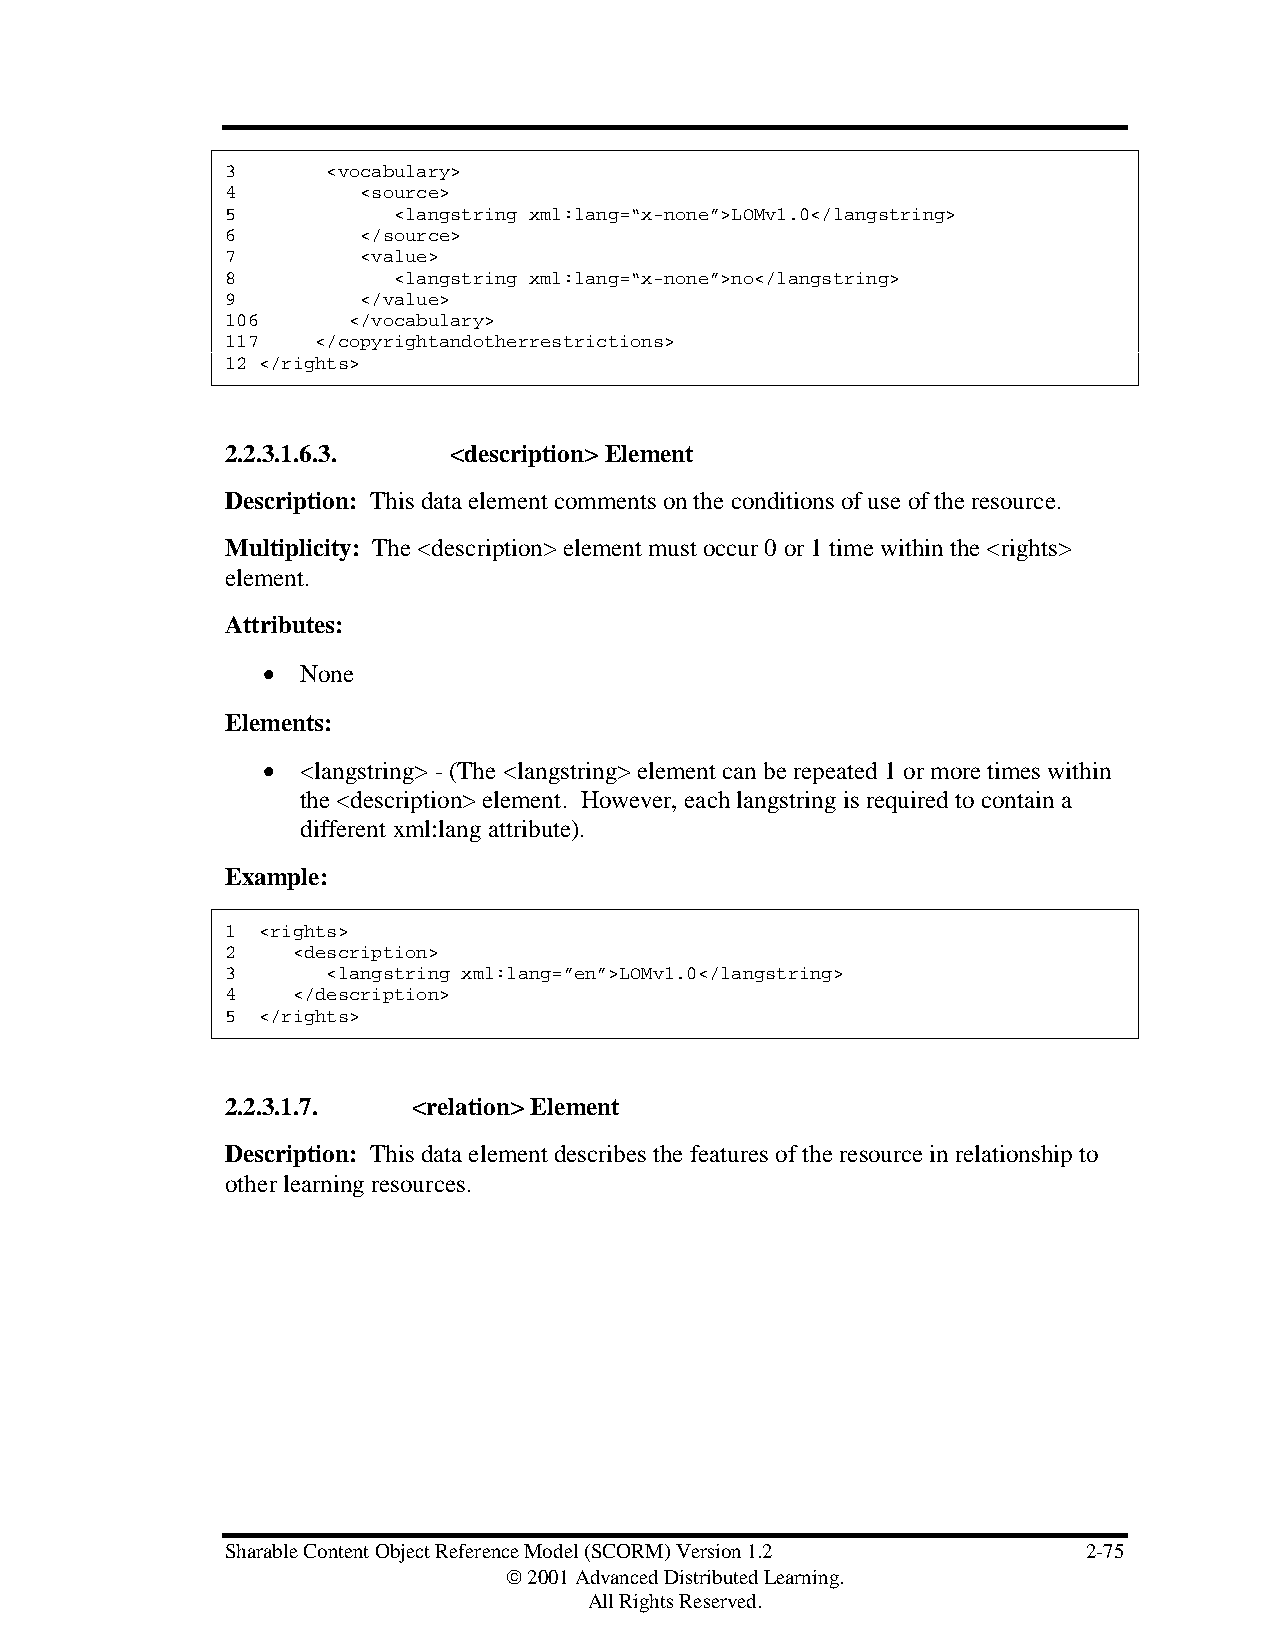
3      <vocabulary>
 4        <source>
 5          <langstring xml:lang=“x-none”>LOMv1.0</langstring>
 6        </source>
 7        <value>
 8          <langstring xml:lang=“x-none”>no</langstring>
 9        </value>
 106     </vocabulary>
 117   </copyrightandotherrestrictions>
 12 </rights>
 2.2.3.1.6.3.   <description> Element
 Description: This data element comments on the conditions of use of the resource.
 Multiplicity: The <description> element must occur 0 or 1 time within the <rights>
 element.
 Attributes:
 •  None
 Elements:
 •  <langstring> - (The <langstring> element can be repeated 1 or more times within
 the <description> element. However, each langstring is required to contain a
 different xml:lang attribute).
 Example:
 1 <rights>
 2   <description>
 3      <langstring xml:lang=”en”>LOMv1.0</langstring>
 4   </description>
 5 </rights>
 2.2.3.1.7.  <relation> Element
 Description: This data element describes the features of the resource in relationship to
 other learning resources.
 Sharable Content Object Reference Model (SCORM) Version 1.2 2-75
  2001 Advanced Distributed Learning.
 All Rights Reserved.